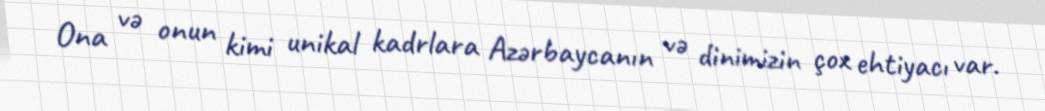
Ona və onun kimi unikal kadrlara Azərbaycanın və dinimizin çox ehtiyacı var.